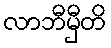
လာဘီမှီတိ